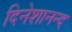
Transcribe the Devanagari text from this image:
दिनेशानन्द